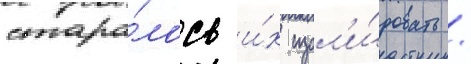
стара́лось и́х изол'и́ровать /